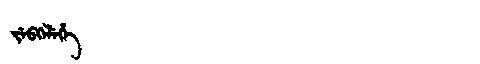
Manchu: ᠵᡝᠪᡴᡝᠯᡝᡥᡝ
Romanization: JEBKELEHE